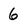
Character: 6